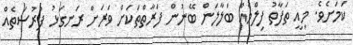
ކަމަށެވެ. މިއީ ތަފާތު ފިލްމެއް ބަލާލަން ބޭނުން ފަރާތްތަކަށް ވަރަށް ރަނގަޅު ފުރުސަތެއް